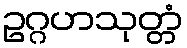
ဥဂ္ဂဟသုတ္တံ